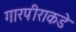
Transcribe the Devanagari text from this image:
गारपीराकडे